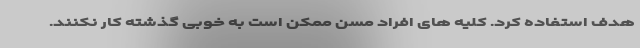
هدف استفاده کرد. کلیه های افراد مسن ممکن است به خوبی گذشته کار نکنند.